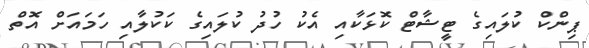
ޕިންކް ކުލައިގެ ޓީޝާޓް ކޮޅަކާއި އެކު ހުދު ކުލައިގެ ކަކުލާއި ހަމައަށް އޮތް